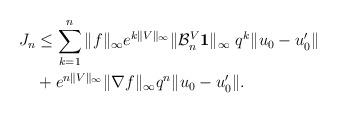
LaTeX: \begin{align*} J_n & \leq \sum_{k=1}^{n}\|f\|_\infty e^{k\|V\|_\infty} \|\mathcal{B}_n^V\textbf{1}\|_{\infty}~q^k \|u_0-u_0'\| \\ &+e^{n\|V\|_\infty} \|\nabla f\|_\infty q^n \|u_0-u_0'\|.\end{align*}